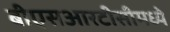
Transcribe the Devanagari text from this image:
बीएसआरटीसीमध्ये